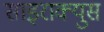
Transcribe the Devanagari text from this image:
साइराक्युस